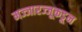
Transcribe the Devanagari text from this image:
मज्जारज्जूकडून